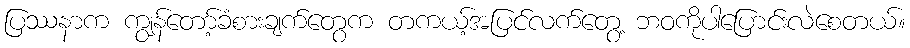
ပြဿနာက ကျွန်တော့်ခံစားချက်တွေက တကယ့်အပြင်လက်တွေ့ ဘဝကိုပါပြောင်းလဲစေတယ်။